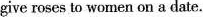
give roses to women on a date.